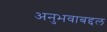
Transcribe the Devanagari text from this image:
अनुभवाबद्दल